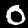
Digit: 0